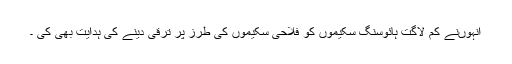
انہوںنے کم لاگت ہائوسنگ سکیموں کو فلاحی سکیموں کی طرز پر ترقی دینے کی ہدایت بھی کی ۔